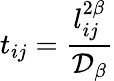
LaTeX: t_{ij}=\frac{l_{ij}^{2\beta}}{\mathcal{D}_{\beta}}